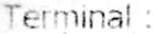
TERMINAL :